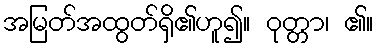
အမြတ်အထွတ်ရှိ၏ဟူ၍။ ဝုတ္တာ၊ ၏။